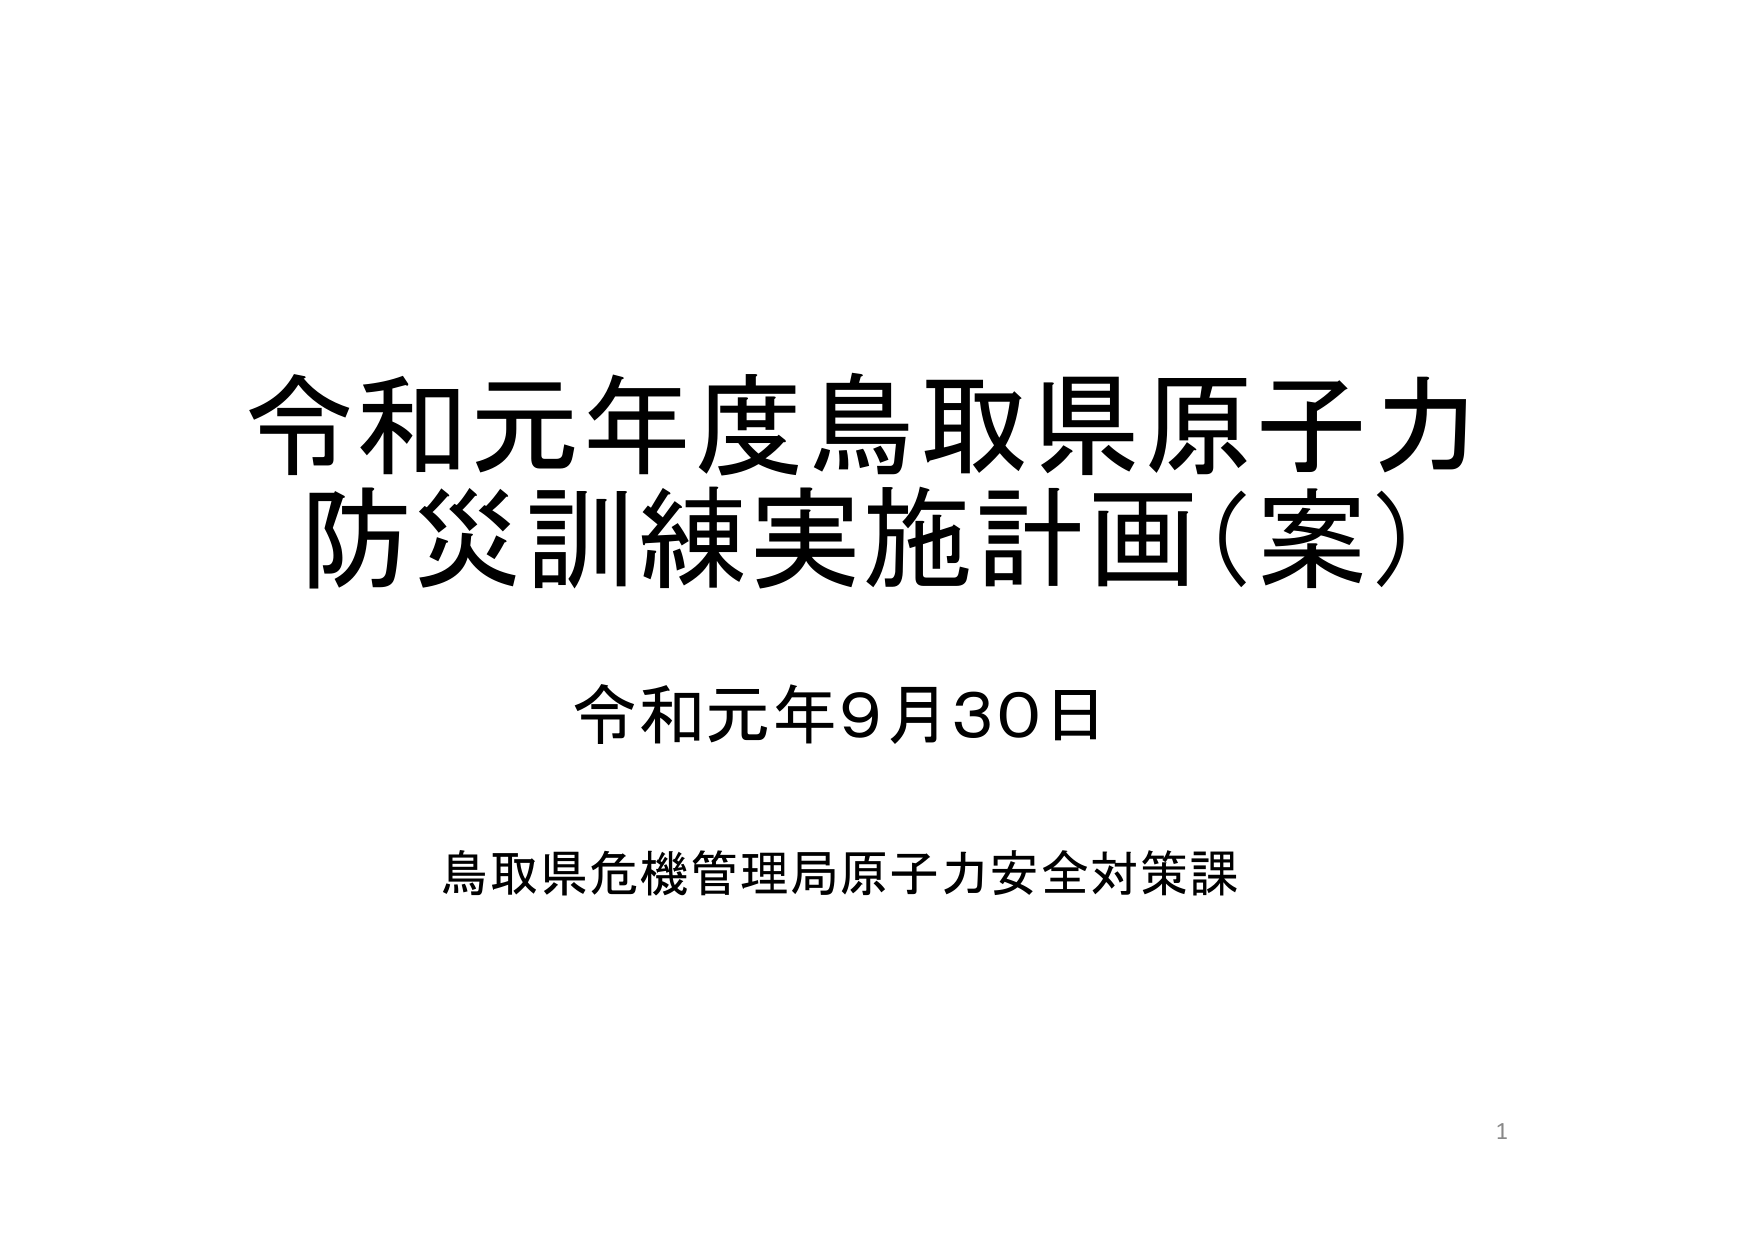
令和元年度鳥取県原子力
防災訓練実施計画（案）

令和元年9月30日

鳥取県危機管理局原子力安全対策課

1